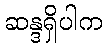
ဆန္ဒရှိပါက